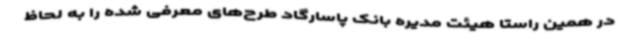
در همین راستا هیئت مدیره بانک پاسارگاد طرح‌های معرفی شده را به لحاظ